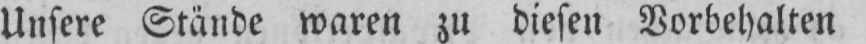
Unsere Stände waren zu diesen Vorbehalten